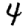
Digit: 4